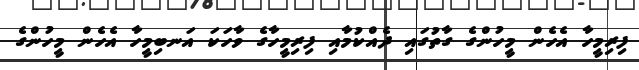
ފިރިމީހާ އެހެން މީހުންގެ ގާތުގައި ދެއްކުމާއި ފިރިމީހާގެ ވާހަކަ އަނބިމީހާ އެހެން މީހުންގެ